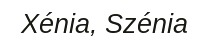
Xénia, Szénia